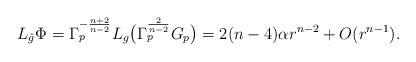
LaTeX: \begin{align*} L_{\hat{g}} \Phi = \Gamma_p^{-\frac{n+2}{n-2}} L_g \big( \Gamma_p^{\frac{2}{n-2}} G_p \big) = 2(n-4)\alpha r^{n-2} + O(r^{n-1}).\end{align*}